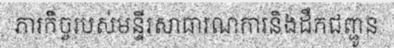
ភារកិច្ចរបស់មន្ទីរសាធារណការនិងដឹកជញ្ជូន